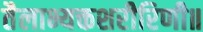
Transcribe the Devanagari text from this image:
तैलाभ्यक्तशरीरिणी॥